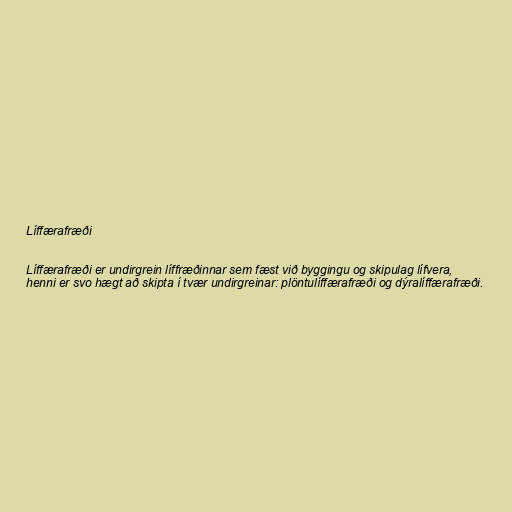
Líffærafræði

Líffærafræði er undirgrein líffræðinnar sem fæst við byggingu og skipulag lífvera,
henni er svo hægt að skipta í tvær undirgreinar: plöntulíffærafræði og dýralíffærafræði.